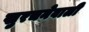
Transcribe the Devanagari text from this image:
खुरचनेवाली